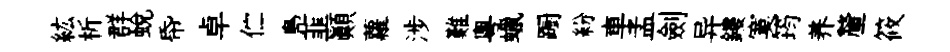
紘析群蛻帋卓伫鳬韮顚蘿涉難粵蠟蹰紛車孟劍异鏤寞筠养釐筱